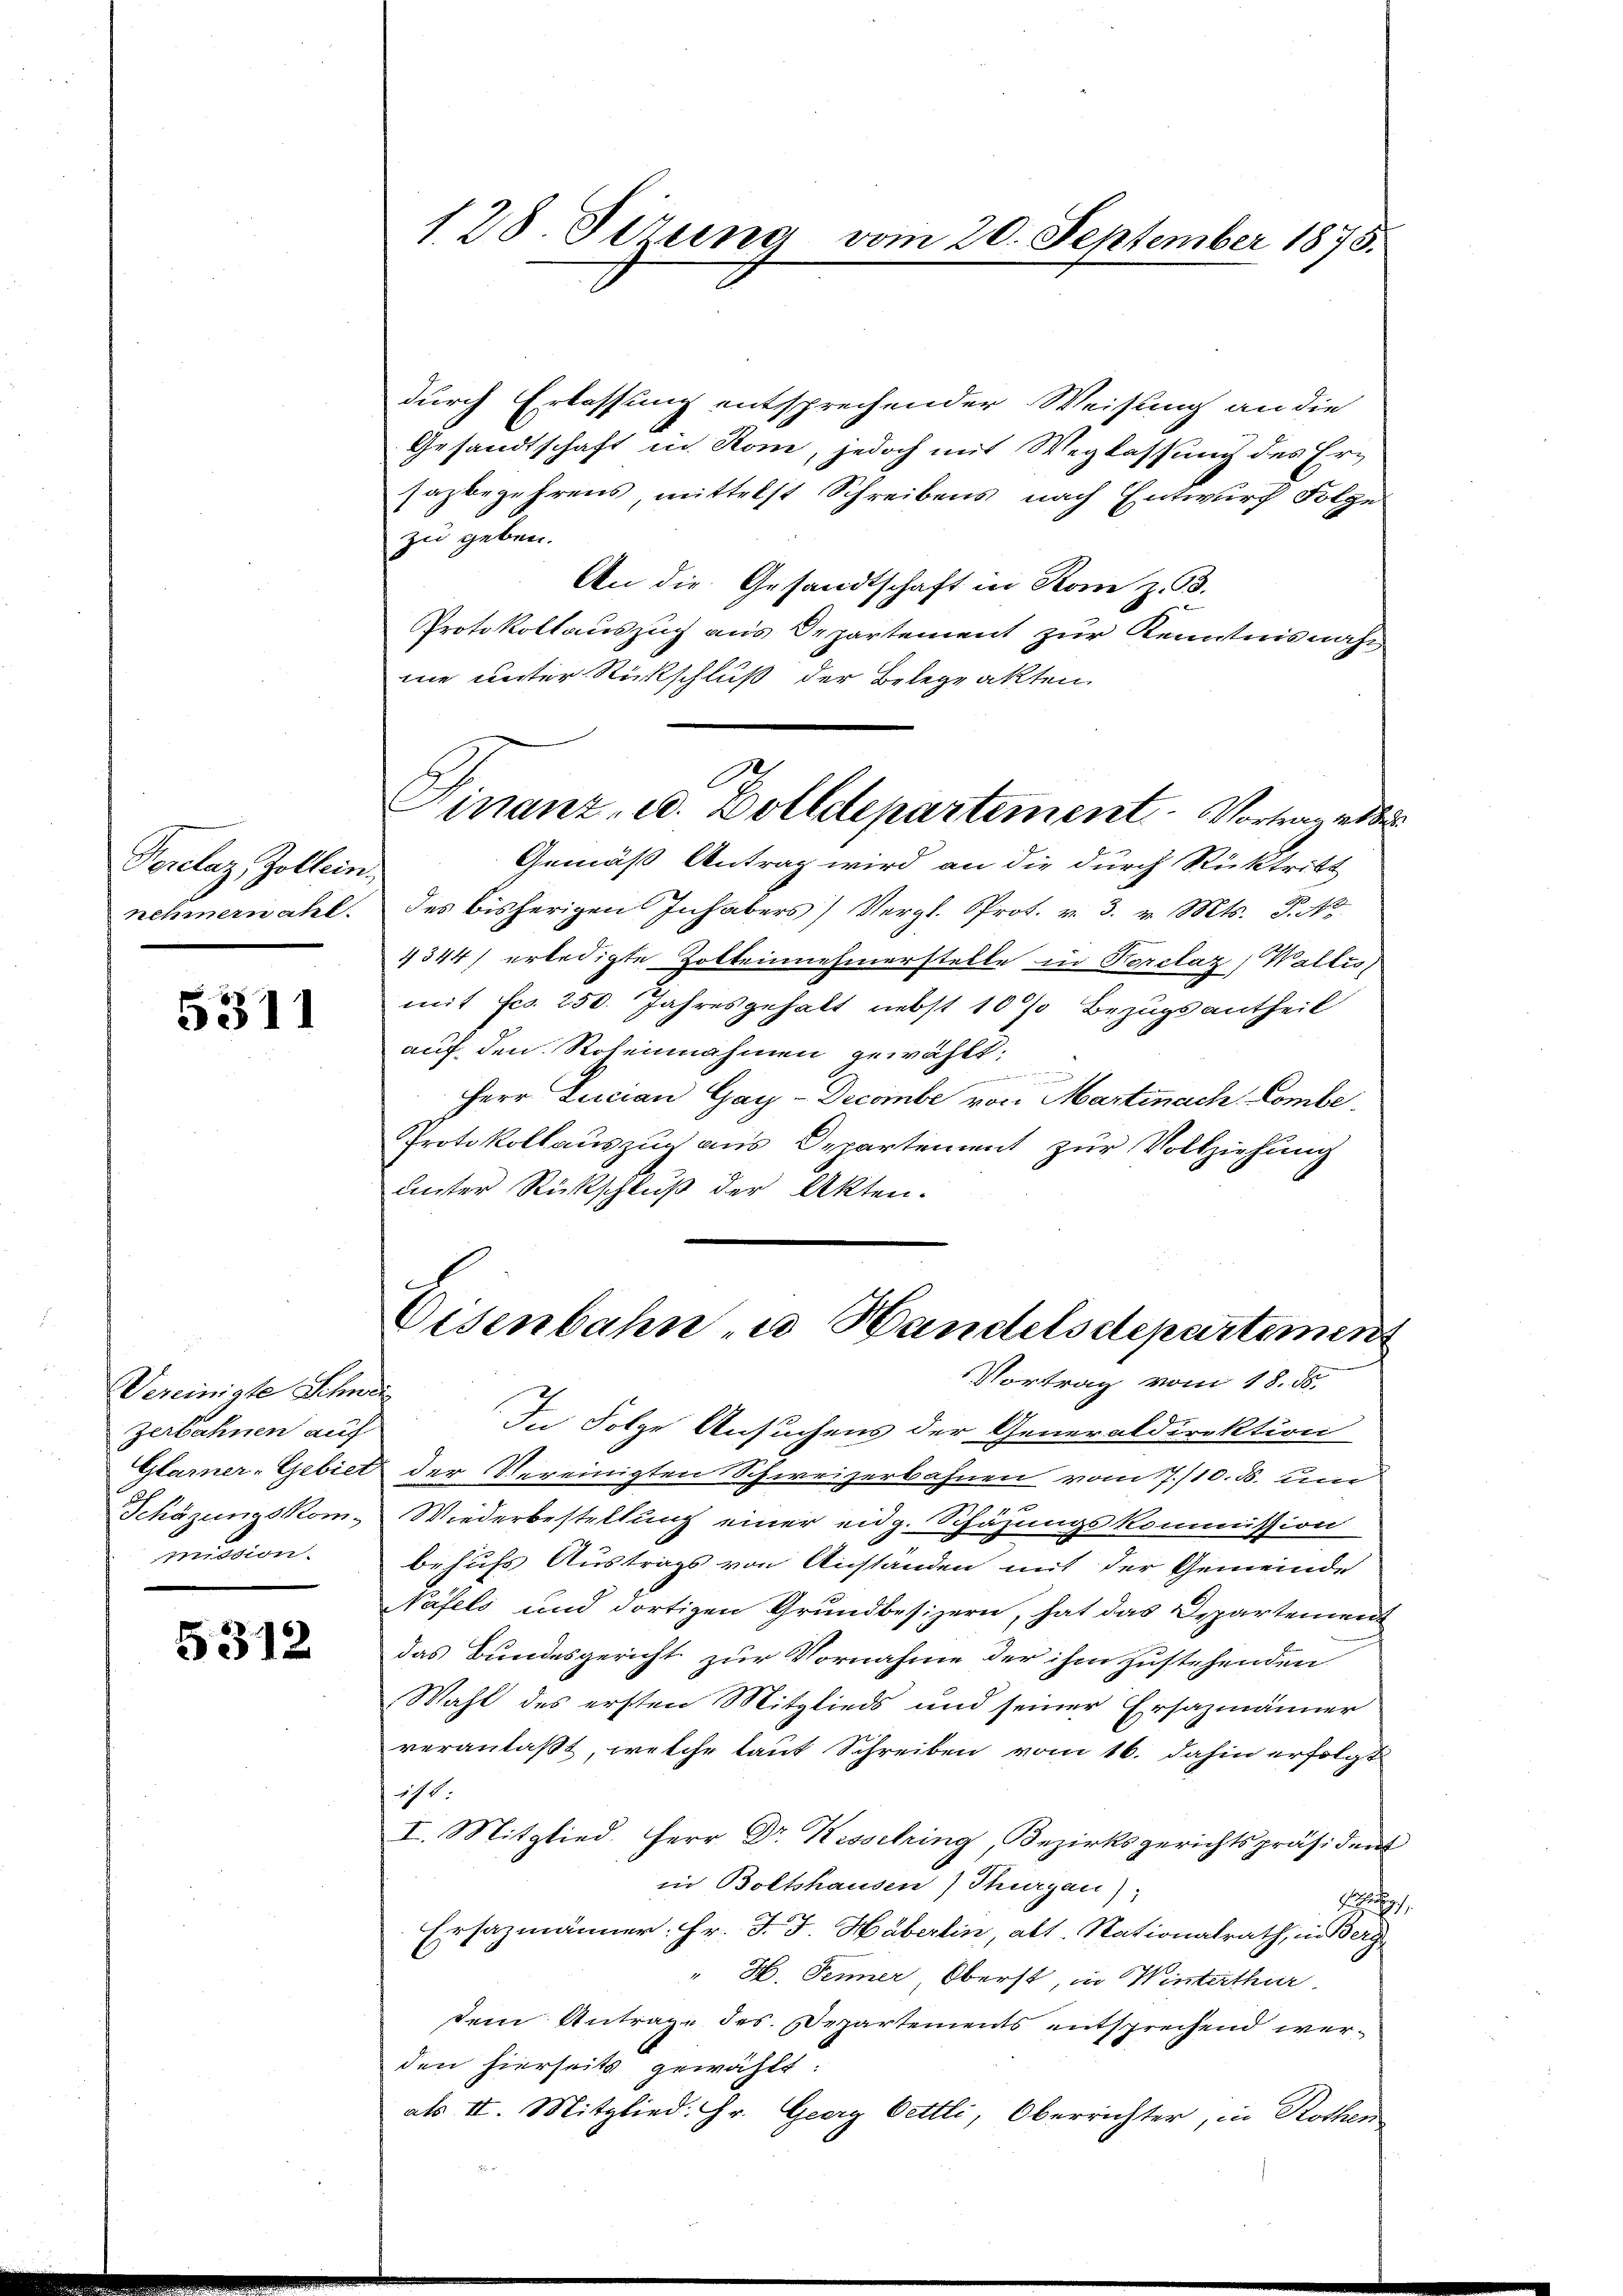
Perelaz, Zollein
nehmern alt.

5311

Vereinigte Schwei
zerbahnen auf
Glarner-Gebiet
Schäzungskommission.

5312

128 Firung vom 20. September 1875.

durch Erlassung entsprechender Weisung an die
Gesandtschaft in Rom, jedoch mit Weglassung des Er-
Jazbegehrens mittelst Schreibens nach Entwurf Folge
zu geben.
An die Gesandtschaft in Rom z. 93.
Protokollauszug aus Departement zur Kenntnisnah
ne unter Rückschluß der Belegeakten.
Gemäß Antrag wird an die durch Rücktritt
des bisherigen Inhabers) Vergl. Prot. v. 3. v. Mts. S. 46.
4344) erledigte Zoltenehmerstelle in Korclaz) Wallis,
mit Fco. 250. Jahresgehalt nebst 10 % Bezugsantheil
auf den Rotennahmen gewählt:

Herr Lucian Gay-Gecombe von Martinach Combe,
Protokollauszug aus Departement zur Vollziehung
unter Rückschluß der Akten.
Visenbahn zu Handelsdepartement
Vortrag vom 18. ds.
In Folge Ansuchens der Generaldirektion
der Vereinigten Schweizerbahnen vom 7./10. d. un
Wiederbestellung einer eidg. Schäzungskommission
behufs Austrags von Anstanden mit der Gemeinde
Näfels und dortigen Grundbesizern, hat das Departement
das Bundesgericht zur Vornahme der ihm zustehenden
Wahl des ersten Mitglieds und seiner Ersazmänner
veranlaßt, welche laut Schreiben vom 16. dahin erfolgt
it.
I. Mitglied Herr Dr. Kesselring Bezirksgerichtspräsident
in Boltshausen) Thurgau),
i
Ersazmänner: Hr. J. J. Häberlin, alt. Nationalrath, in Berg
" H. Jenner Oberst, in Winterthur
dem Antrage des Departements entsprechend werden hierseits gewählt:
als II. Mitglied: Hr. Georg Oettli, Oberrichter, in Rothen

Finanz, u. Zolldepartement Vortraut der